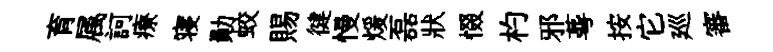
育属訶療寝勛蛟賜徤慢煖磊狀惙杓邪蕚按它廵審